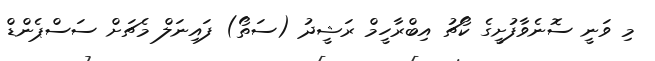
މި ވަނީ ސޮނެވާފުށީގެ ކޯޗު އިބްރާހީމް ރަޝީދު (ސަތޯ) ފައިނަލް މެޗަށް ސަސްޕެންޑް